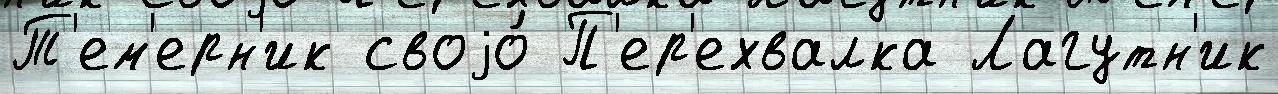
Т'ем'ерн'ик своjо́ П'ер'ехвалка Лагутн'ик